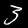
Label: 3